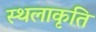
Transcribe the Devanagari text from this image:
स्‍थलाकृति